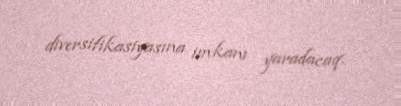
diversifikasiyasına imkanı yaradacaq.